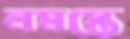
নমস্তে